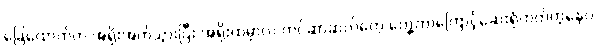
ခြေထောက်က အရိုးအက်သွားပြီး အရိုးထဲမှာလဲ ကင်ဆာဆဲလ်တွေ တွေ့တာကြောင့်ဆေးရုံတတ်တဲ့နေပဲ